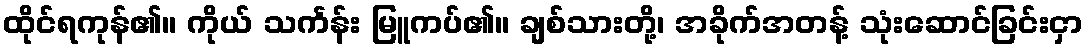
ထိုင်ရကုန်၏။ ကိုယ် သင်္ကန်း မြူကပ်၏။ ချစ်သားတို့၊ အခိုက်အတန့် သုံးဆောင်ခြင်းငှာ